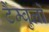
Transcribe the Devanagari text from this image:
टैंम्बुर्लो